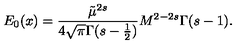
E _ { 0 } ( x ) = \frac { \tilde { \mu } ^ { 2 s } } { 4 \sqrt { \pi } \Gamma ( s - \frac 1 2 ) } M ^ { 2 - 2 s } \Gamma ( s - 1 ) .